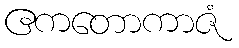
ဧကတောကာဇံ